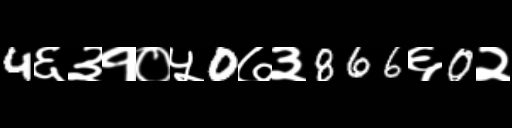
Text: 4६३१०५0७३866६0२